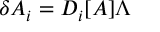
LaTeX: \delta A _ { i } = D _ { i } [ A ] \Lambda